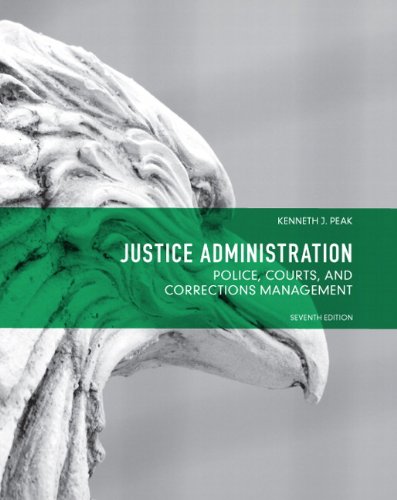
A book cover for Justice Administration: Police, Courts and Corrections Management (7th Edition); Ken Peak; Law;